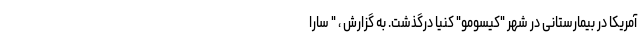
آمریکا در بیمارستانی در شهر "کیسومو" کنیا درگذشت. به گزارش ، " سارا